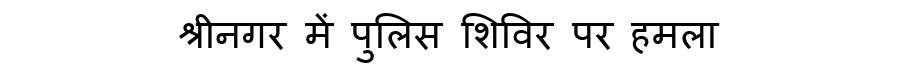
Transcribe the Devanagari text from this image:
श्रीनगर में पुलिस शिविर पर हमला